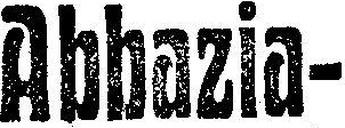
Abbazia-